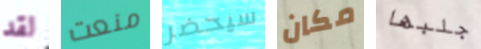
لقد منعت سيحضر مكان جلبها